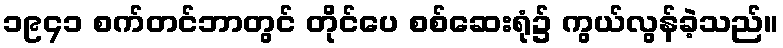
၁၉၄၁ စက်တင်ဘာတွင် တိုင်ပေ စစ်ဆေးရုံ၌ ကွယ်လွန်ခဲ့သည်။